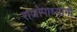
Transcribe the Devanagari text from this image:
राजोपाध्यांनी